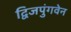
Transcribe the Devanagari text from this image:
द्विजपुंगवेन